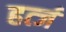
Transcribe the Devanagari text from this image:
हर्त्ज